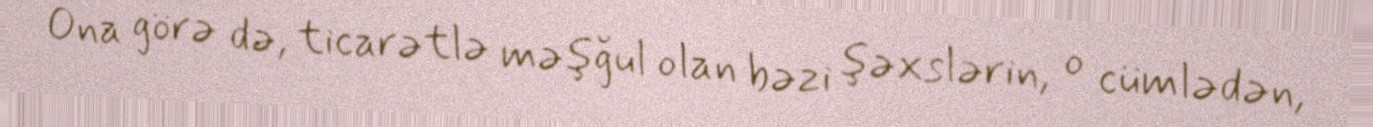
Ona görə də, ticarətlə məşğul olan bəzi şəxslərin, o cümlədən,